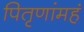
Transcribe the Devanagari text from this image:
पितृणांमहं